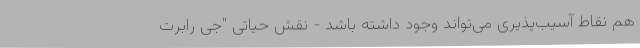
هم نقاط آسیب‌پذیری می‌تواند وجود داشته باشد - نقش حیاتی "جی رابرت